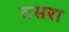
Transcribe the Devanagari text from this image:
तसरा